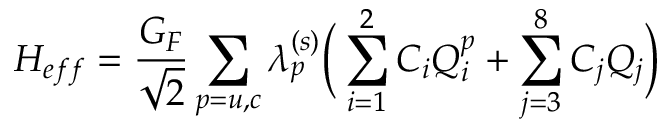
{ \cal H } _ { e f f } = \frac { G _ { F } } { \sqrt { 2 } } \sum _ { p = u , c } \lambda _ { p } ^ { ( s ) } \bigg ( \sum _ { i = 1 } ^ { 2 } C _ { i } Q _ { i } ^ { p } + \sum _ { j = 3 } ^ { 8 } C _ { j } Q _ { j } \bigg )